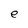
Character: e